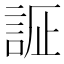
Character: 𲁧